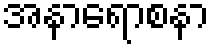
အနာရောစနာ